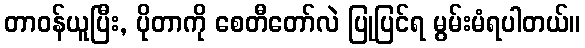
တာဝန်ယူပြီး, ပိုတာကို စေတီတော်လဲ ပြုပြင်ရ မွမ်းမံရပါတယ်။